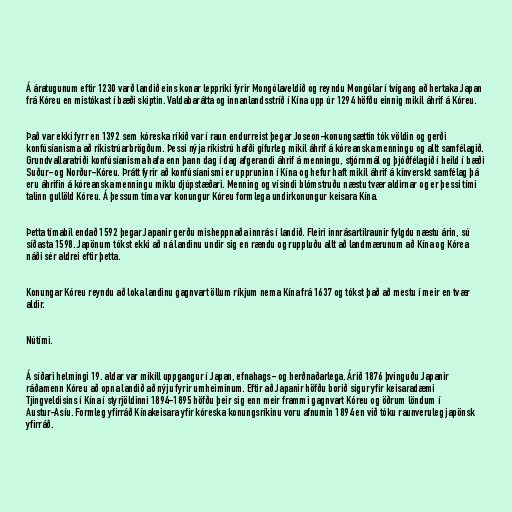
Á áratugunum eftir 1230 varð landið eins konar leppríki fyrir Mongólaveldið og reyndu Mongólar í tvígang að hertaka Japan
frá Kóreu en mistókast í bæði skiptin. Valdabarátta og innanlandsstríð í Kína upp úr 1294 höfðu einnig mikil áhrif á Kóreu.

Það var ekki fyrr en 1392 sem kóreska ríkið var í raun endurreist þegar Joseon-konungsættin tók völdin og gerði
konfúsíanisma að ríkistrúarbrögðum. Þessi nýja ríkistrú hafði gífurleg mikil áhrif á kóreanska menningu og allt samfélagið.
Grundvallaratriði konfúsíanisma hafa enn þann dag í dag afgerandi áhrif á menningu, stjórnmál og þjóðfélagið í heild í bæði
Suður- og Norður-Kóreu. Þrátt fyrir að konfúsíanismi er uppruninn í Kína og hefur haft mikil áhrif á kínverskt samfélag þá
eru áhrifin á kóreanska menningu miklu djúpstæðari. Menning og vísindi blómstruðu næstu tvær aldirnar og er þessi tími
talinn gullöld Kóreu. Á þessum tíma var konungur Kóreu formlega undirkonungur keisara Kína.

Þetta tímabil endað 1592 þegar Japanir gerðu misheppnaða innrás í landið. Fleiri innrásartilraunir fylgdu næstu árin, sú
síðasta 1598. Japönum tókst ekki að ná landinu undir sig en rændu og ruppluðu allt að landmærunum að Kína og Kórea
náði sér aldrei eftir þetta.

Konungar Kóreu reyndu að loka landinu gagnvart öllum ríkjum nema Kína frá 1637 og tókst það að mestu í meir en tvær
aldir.

Nútími.

Á síðari helmingi 19. aldar var mikill uppgangur í Japan, efnahags- og herðnaðarlega. Árið 1876 þvinguðu Japanir
ráðamenn Kóreu að opna landið að nýju fyrir umheiminum. Eftir að Japanir höfðu borið sigur yfir keisaradæmi
Tjingveldisins í Kína í styrjöldinni 1894-1895 höfðu þeir sig enn meir frammi gagnvart Kóreu og öðrum löndum í
Austur-Asíu. Formleg yfirráð Kínakeisara yfir kóreska konungsríkinu voru afnumin 1894 en við tóku raunveruleg japönsk
yfirráð.